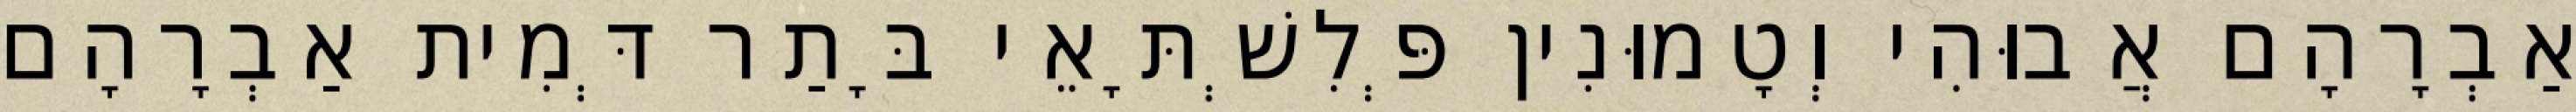
אַבְרָהָם אֲבוּהִי וְטָמוּנִין פְּלִשְׁתָּאֵי בָּתַר דְּמִית אַבְרָהָם